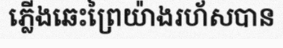
ភ្លើងឆេះព្រៃយ៉ាងរហ័សបាន